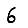
Digit: 6